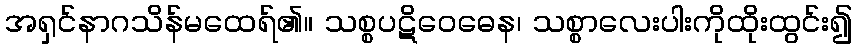
အရှင်နာဂသိန်မထေရ်၏။ သစ္စပဋိဝေဓေန၊ သစ္စာလေးပါးကိုထိုးထွင်း၍